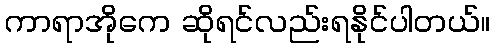
ကာရာအိုကေ ဆိုရင်လည်းရနိုင်ပါတယ်။